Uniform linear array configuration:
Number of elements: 16
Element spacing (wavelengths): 0.75
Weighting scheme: uniform
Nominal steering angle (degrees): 45
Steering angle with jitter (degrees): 43.336
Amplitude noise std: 0.05
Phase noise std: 0.05

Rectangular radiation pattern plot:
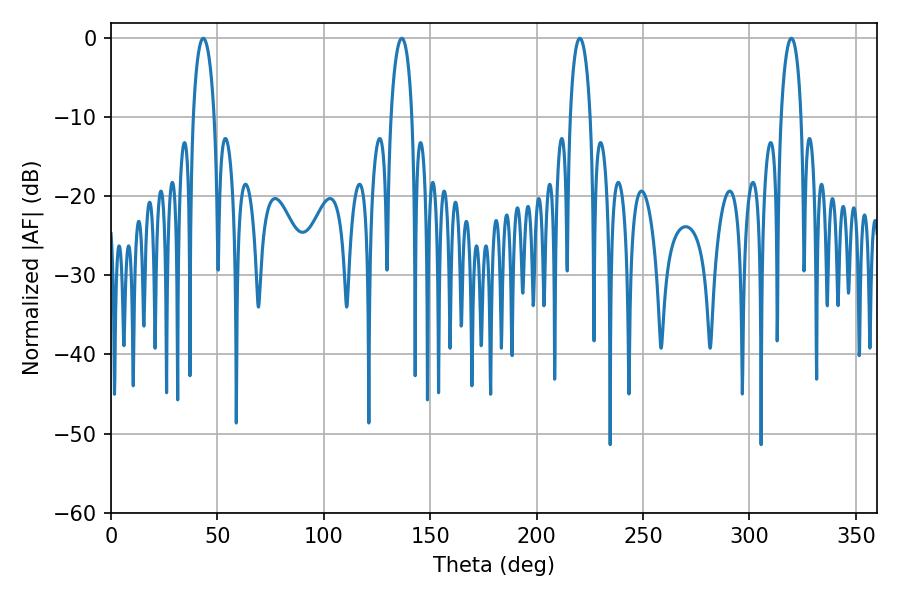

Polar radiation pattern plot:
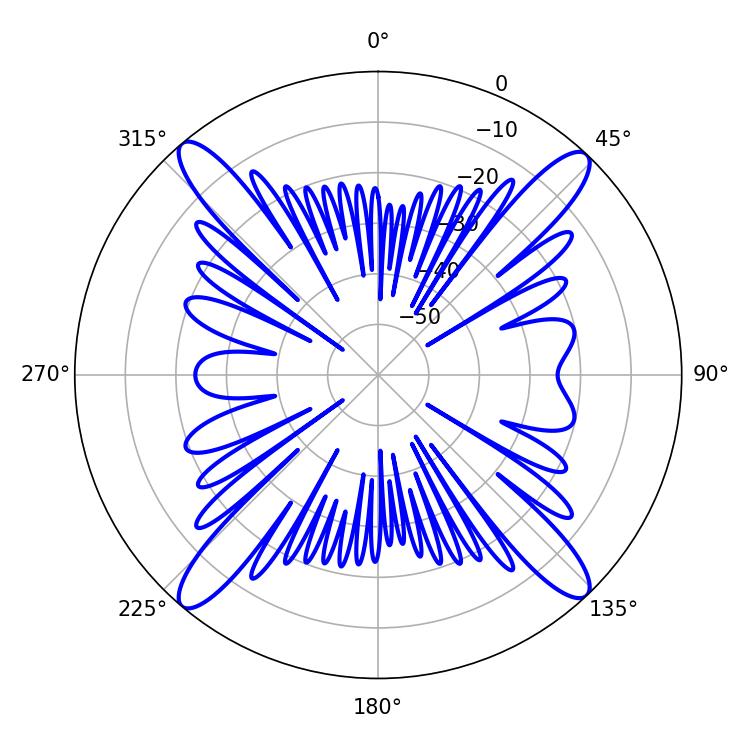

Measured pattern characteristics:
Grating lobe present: TRUE
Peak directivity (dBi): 20.685
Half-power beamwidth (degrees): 5.58
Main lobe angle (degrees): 43.38